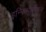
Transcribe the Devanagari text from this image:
इन्फिब्युलेशन